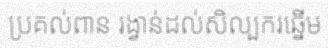
ប្រគល់ពាន រង្វាន់ដល់សិល្បករឆ្នើម